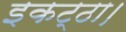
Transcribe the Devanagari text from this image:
इकट्ठा।